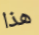
هذا